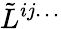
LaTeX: \tilde{L}^{ij\ldots}